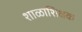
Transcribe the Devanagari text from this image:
शाळाशिक्षक